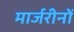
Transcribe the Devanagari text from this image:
मार्जरीनों